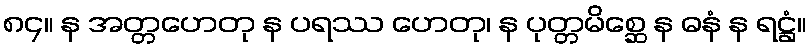
၈၄။ န အတ္တဟေတု န ပရဿ ဟေတု၊ န ပုတ္တမိစ္ဆေ န ဓနံ န ရဋ္ဌံ။